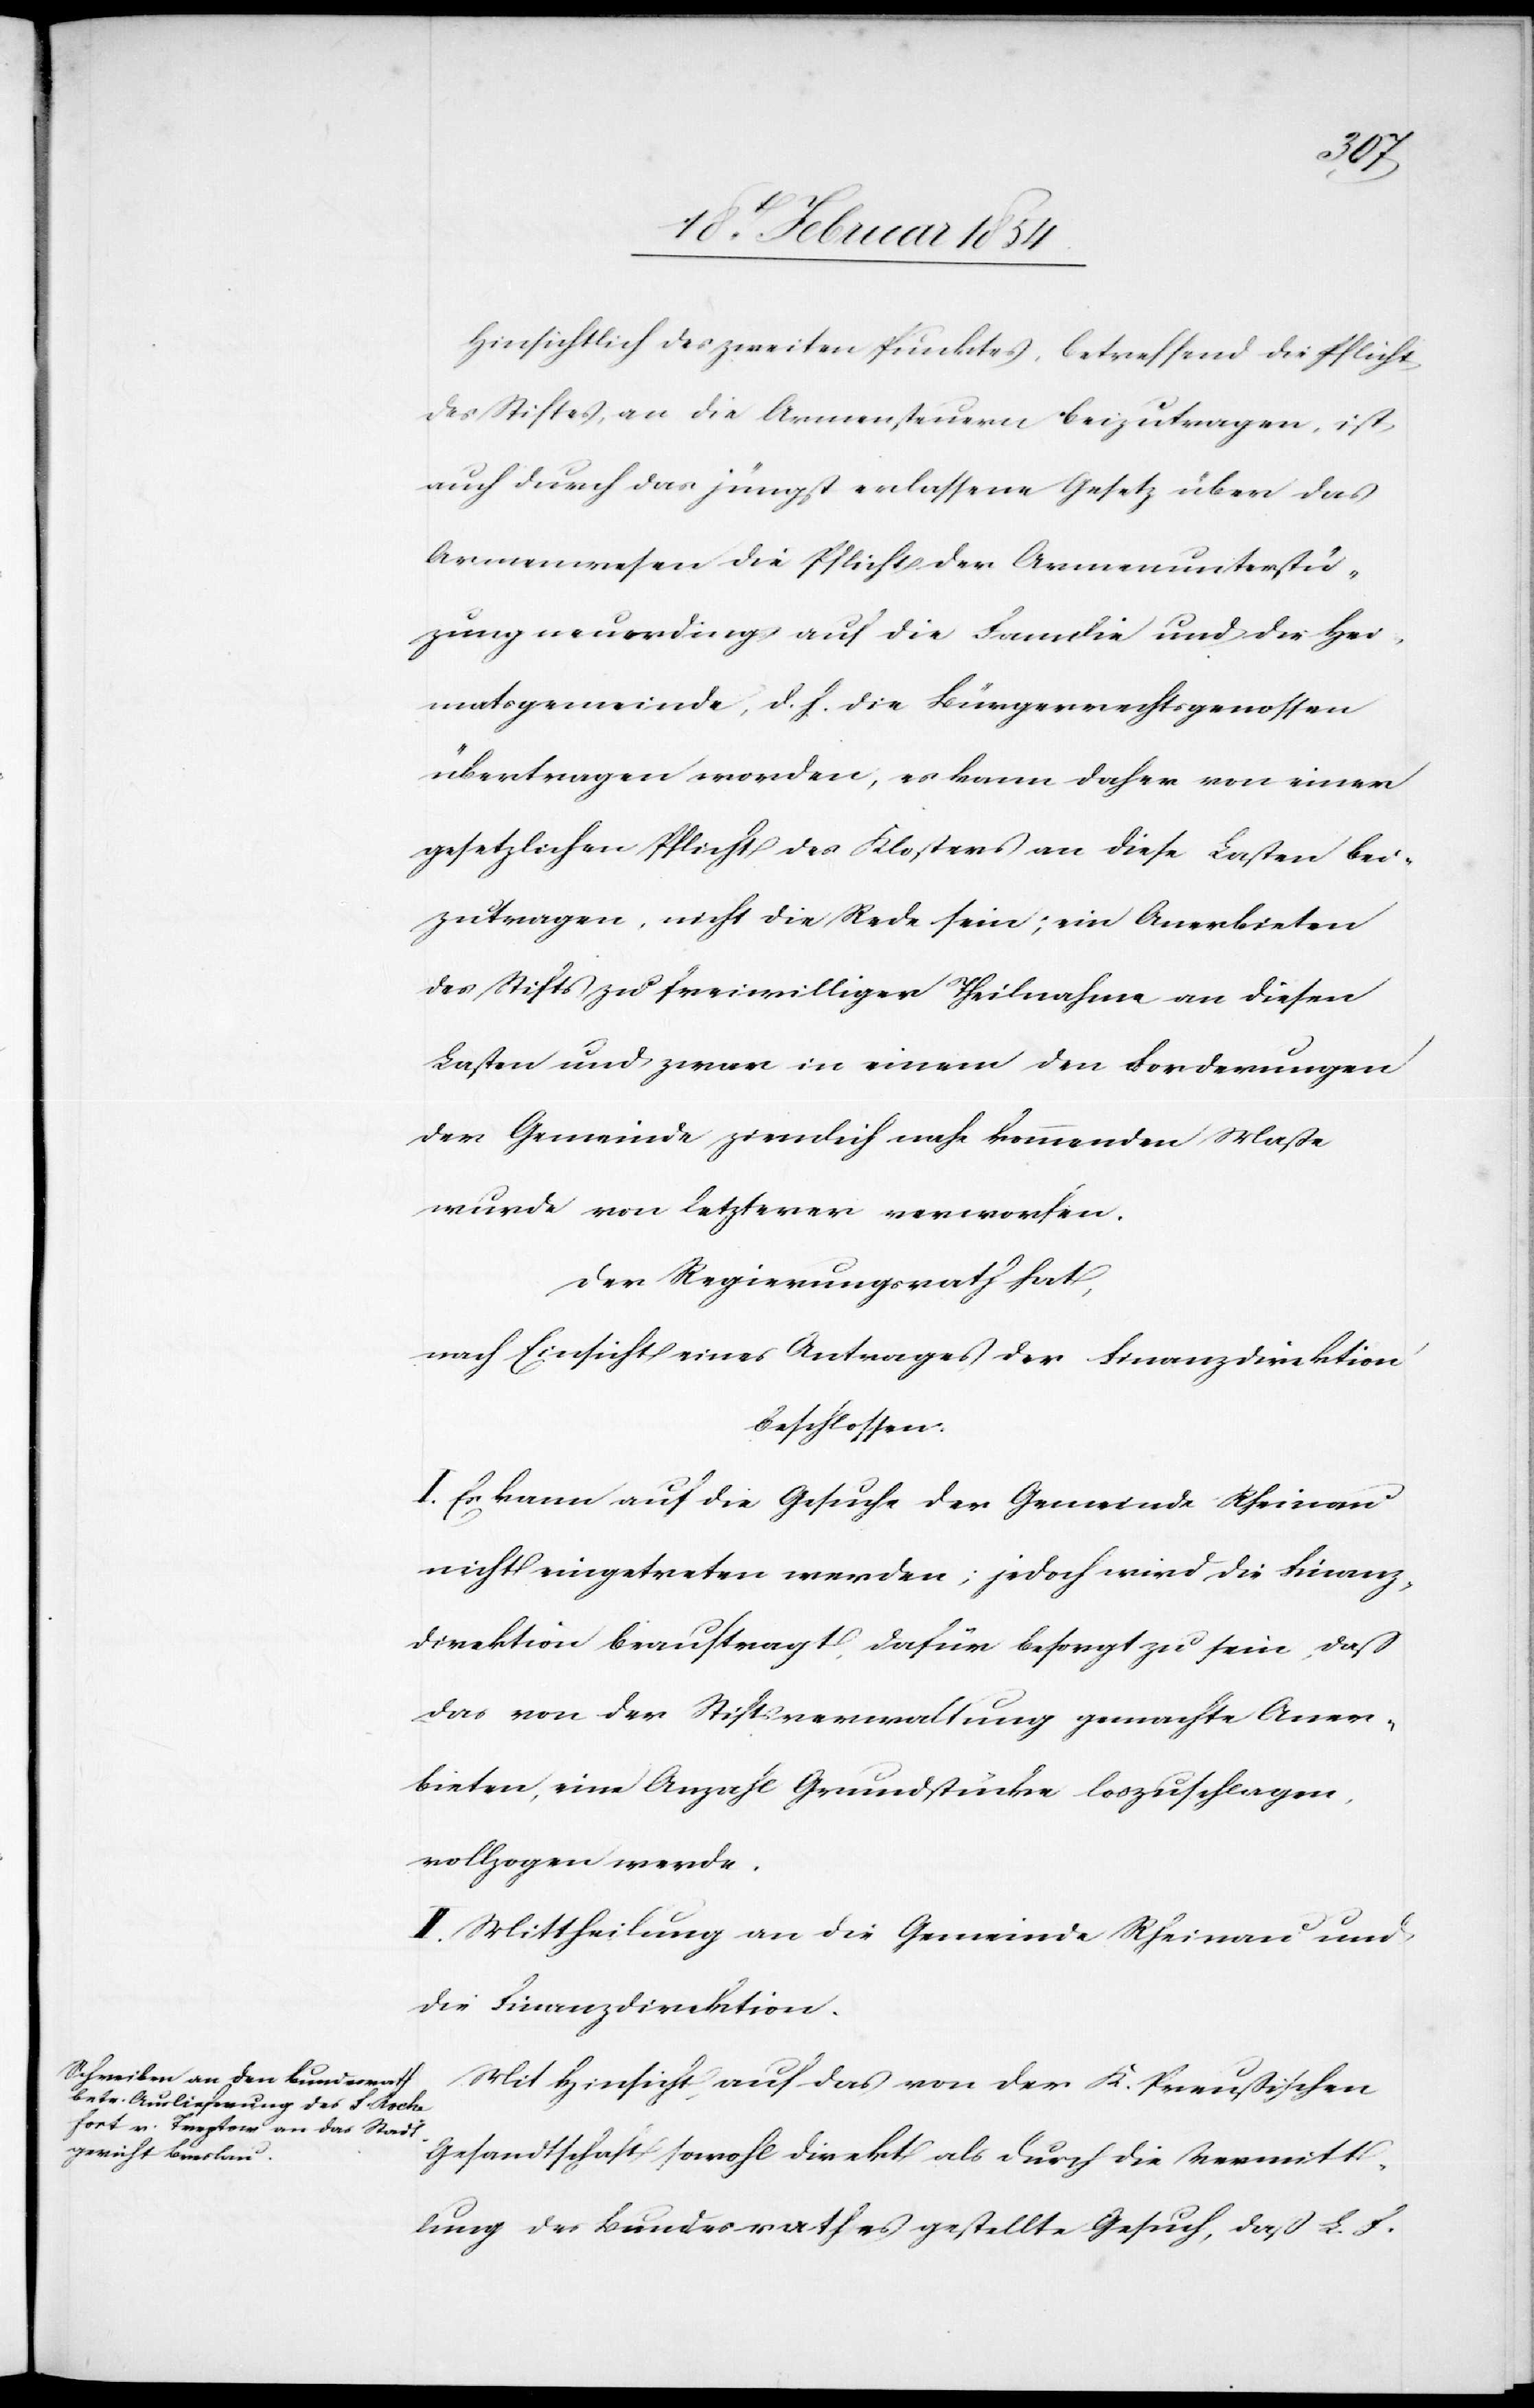
Hinsichtlich des zweiten Punktes, betreffend die Pflicht
des Stiftes, an die Armensteuern beizutragen, ist
auch durch das jüngst erlassene Gesetz über das
Armenwesen die Pflicht der Armenunterstüt¬
zung neuerdings auf die Familie und die Hei¬
matsgemeinde, d. h. die Bürgerrechtsgenossen
übertragen worden, es kann daher von einer
gesetzlichen Pflicht des Klosters an diese Lasten bei¬
zutragen, nicht die Rede sein; ein Anerbieten
des Stifts zu freiwilliger Theilnahme an diesen
Lasten und zwar in einer den Forderungen
der Gemeinde ziemlich nahe kommenden Maße
wurde von Letzterer verworfen.
Der Regierungsrath hat,
nach Einsicht eines Antrages der Finanzdirektion
beschlossen:
I. Es kann auf die Gesuche der Gemeinde Rheinau
nicht eingetreten werden; jedoch wird die Finanz¬
direktion beauftragt, dafür besorgt zu sein, daß
das von der Stiftsverwaltung gemachte Aner¬
bieten, eine Anzahl Grundstücke loszuschlagen,
vollzogen werde.
II. Mittheilung an die Gemeinde Rheinau und
die Finanzdirektion.
Mit Hinsicht auf das von der k. Preußischen
Gesandtschaft sowohl direkt als durch die Vermitt¬
lung des Bundesrathes gestellte Gesuch, daß L. F.